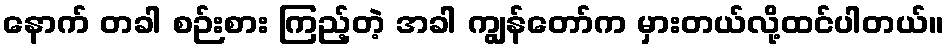
နောက် တခါ စဉ်းစား ကြည့်တဲ့ အခါ ကျွန်တော်က မှားတယ်လို့ထင်ပါတယ်။